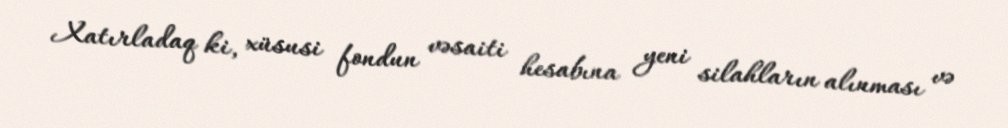
Xatırladaq ki, xüsusi fondun vəsaiti hesabına yeni silahların alınması və